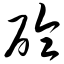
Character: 砼